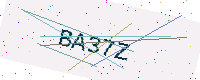
Text: BA37Z